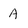
Character: A